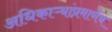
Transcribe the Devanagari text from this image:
अधिकाऱ्यांप्रमाणेच